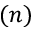
( n )